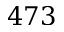
4 7 3